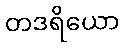
တဒရိယော